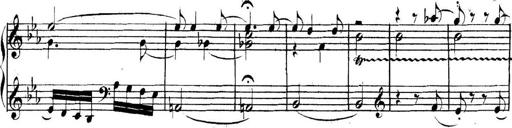
Title: Collected Piano Sonatas
Composer: Muzio Clementi